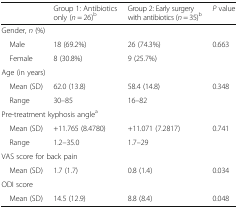
<table><thead><tr><td></td><td><b>Group 1: Antibiotics only (<i>n</i> = 26)<sup>b</sup></b></td><td><b>Group 2: Early surgery with antibiotics (<i>n</i> = 35)<sup>b</sup></b></td><td><b><i>P</i> value</b></td></tr></thead><tbody><tr><td colspan="4">Gender, <i>n</i> (%)</td></tr><tr><td> Male</td><td>18 (69.2%)</td><td>26 (74.3%)</td><td>0.663</td></tr><tr><td> Female</td><td>8 (30.8%)</td><td>9 (25.7%)</td><td></td></tr><tr><td colspan="4">Age (in years)</td></tr><tr><td> Mean (SD)</td><td>62.0 (13.8)</td><td>58.4 (14.8)</td><td>0.348</td></tr><tr><td> Range</td><td>30–85</td><td>16–82</td><td></td></tr><tr><td colspan="4">Pre-treatment kyphosis angle<sup>a</sup></td></tr><tr><td> Mean (SD)</td><td>+11.765 (8.4780)</td><td>+11.071 (7.2817)</td><td>0.741</td></tr><tr><td> Range</td><td>1.2–35.0</td><td>1.7–29</td><td></td></tr><tr><td colspan="4">VAS score for back pain</td></tr><tr><td> Mean (SD)</td><td>1.7 (1.7)</td><td>0.8 (1.4)</td><td>0.034</td></tr><tr><td colspan="4">ODI score</td></tr><tr><td> Mean (SD)</td><td>14.5 (12.9)</td><td>8.8 (8.4)</td><td>0.048</td></tr></tbody></table>